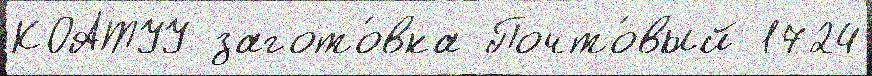
КОАТУУ загото́вка Почто́вый 1724